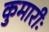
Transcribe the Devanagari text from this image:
कुमारीः